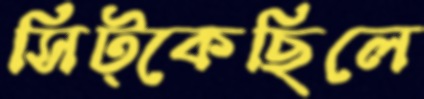
সিট্‌কেছিলে